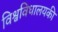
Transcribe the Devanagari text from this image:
विश्वविधालयकी